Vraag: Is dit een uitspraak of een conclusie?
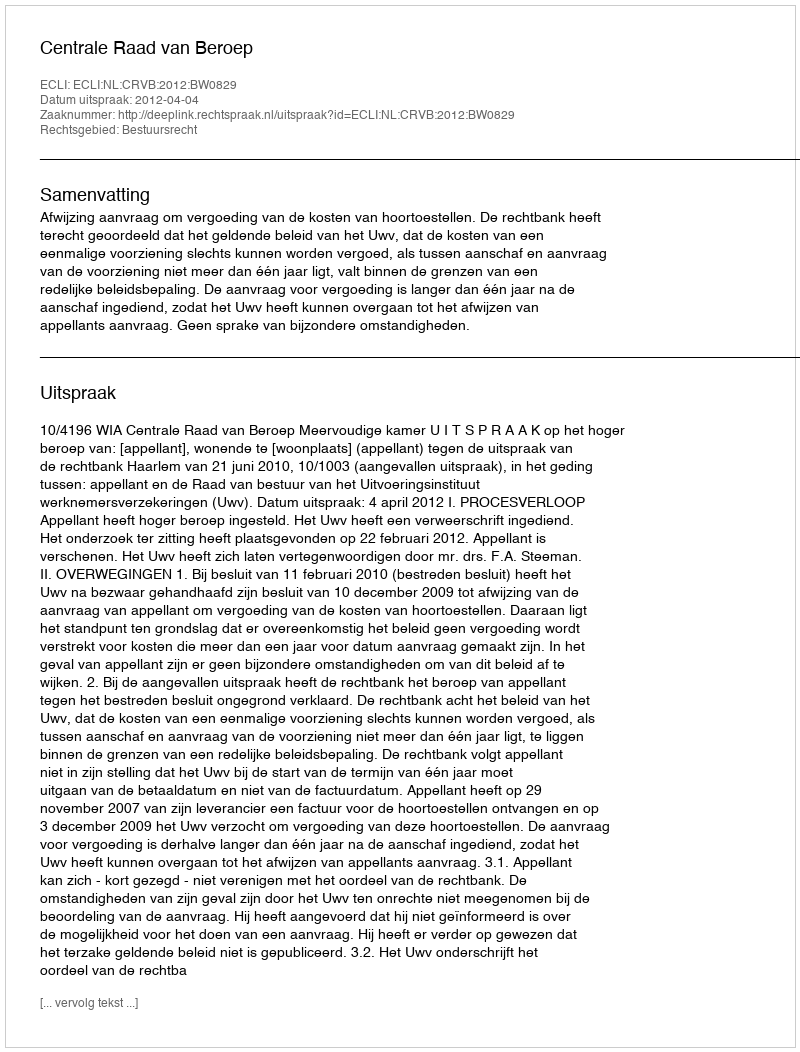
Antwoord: Uitspraak